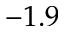
- 1 . 9